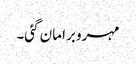
مہرو برا مان گئی۔